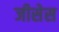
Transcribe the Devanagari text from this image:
जीसेस